Plague in India, 1896, 1897 - Volume 2
Year: 1896
Disease focus: Plague
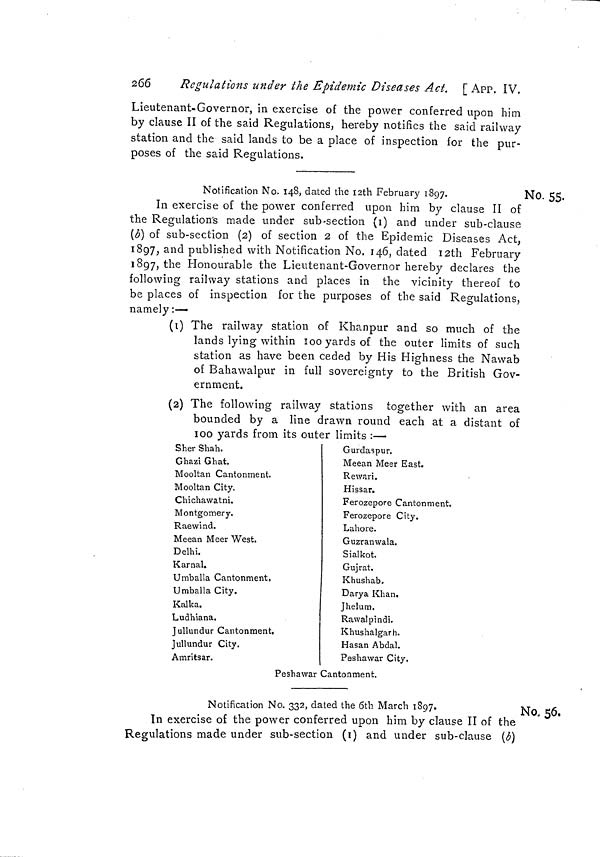
266
Regulations under the Epidemic Diseases Act. [ App. IV.
Lieutenant-Governor, in exercise of the power conferred upon him
by clause II of the said Regulations, hereby notifies the said railway
station and the said lands to be a place of inspection for the pur-
poses of the said Regulations.
Notification No. 148, dated the i2th February 1897.
No. 55.
In exercise ot the power conferred upon him by clause 11 ot
the Regulation's made under sub-section (1) and under sub-clause
(b) of sub-section (2) of section 2 of the Epidemic Diseases Act,
1897, and published with Notification No. 146, dated I2th February
1897, the Honourable the Lieutenant-Governor hereby declares the
following railway stations and places in the vicinity thereof to
be places of inspection for the purposes of the said Regulations,
namely :—
(1) The railway station of Khanpur and so much of the
lands lying within 100 yards of the outer limits of such
station as have been ceded by His Highness the Nawab
of Bahawalpur in full sovereignty to the British Gov-
ernment.
(2) The following railway stations together with an area
bounded by a line drawn round each at a distant of
1oo yards from its outer limits :—
Sher Shah.
Ghazi Ghat.
Mooltan Cantonment.
Mooltan City.
Chichawatni.
Montgomery.
Raewind.
Meean Meer West.
Delhi.
Karnal.
Umballa Cantonment,
Umballa City.
Kalka.
Ludhiana.
Jullundur Cantonment.
Jullundur City.
Amritsar.
Gurdaspur.
Meean Meer East.
R e war i.
Hissar.
Ferozepore Cantonment.
Ferozepore City.
Lahore.
Guzranwala.
Sialkot.
Gujrat.
Khushab.
Darya Khan,
Jhelum.
Rawalpindi.
Khushalgarh.
Hasan Abdal.
Peshawar City.
Peshawar Cantonment.
No. 56,
Notification No. 332, dated the 6th March 1897.
In exercise of the power conferred upon him by clause II of the
Regulations made under sub-section (1) and under sub-clause (b)